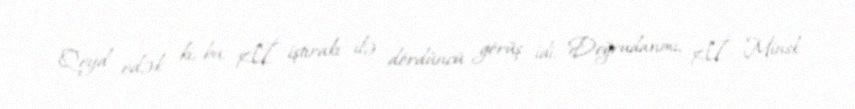
Qeyd edək ki, bu, Aİ iştirakı ilə dördüncü görüş idi. Doğrudanmı, Aİ Minsk